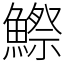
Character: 鰶